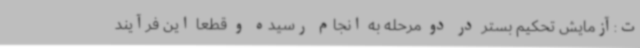
ت:آزمایش تحکیم بستر در دو مرحله به انجام رسیده و قطعاً این فرآیند